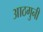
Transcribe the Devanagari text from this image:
आठगुनी